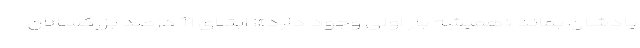
یادشان بماند «همیشه بار اولی وجود دارد»! ابتلای 11 درصد بزرگسالان